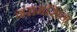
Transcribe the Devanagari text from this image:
नरामसिन